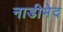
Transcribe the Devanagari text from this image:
नाडीभेद